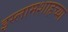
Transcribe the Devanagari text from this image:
इस्लामशाहच्या